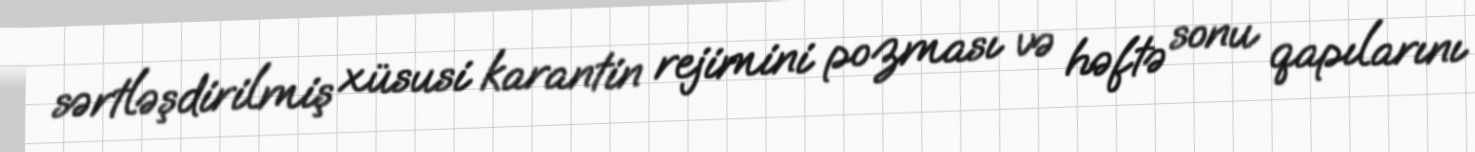
sərtləşdirilmiş xüsusi karantin rejimini pozması və həftə sonu qapılarını